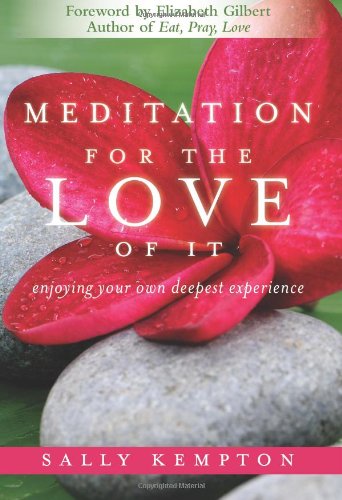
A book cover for Meditation for the Love of It: Enjoying Your Own Deepest Experience; Sally Kempton; Religion & Spirituality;